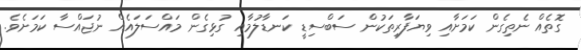
ގޮތެއް ނެތިގެން ކަމަށާއި ވިޔަފާރިތަކުން ސަބްސިޑީ ކަނޑާލުމާއި ގުޅިގެން މައްސަލައެއް ނުޖައްސާ ކަމަށެވެ.